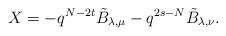
LaTeX: \begin{align*}X = - q^{N-2t}\tilde B_{\lambda,\mu} - q^{2s-N} \tilde B_{\lambda,\nu}.\end{align*}